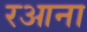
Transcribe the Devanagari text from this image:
रआना